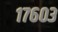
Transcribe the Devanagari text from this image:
१७६०३